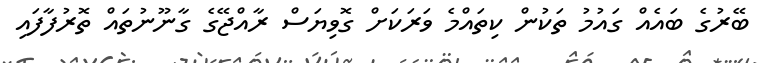
ބޭރުގެ ބައެއް ގައުމު ތަކުން ކިތައްމެ ވަރަކަށް ގޮވިޔަސް ރާއްޖޭގެ ގާނޫނުތައް ތޮރުފާފައި